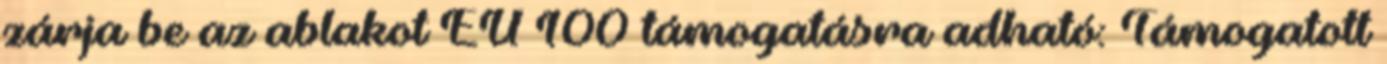
zárja be az ablakot EÜ 100 támogatásra adható: Támogatott